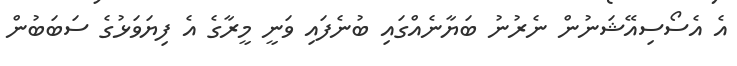
އެ އެސޯސިއޭޝަނުން ނެރުނު ބަޔާނެއްގައި ބުނެފައި ވަނީ މީރާގެ އެ ފިޔަވަޅުގެ ސަބަބުން